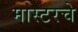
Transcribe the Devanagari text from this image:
मास्टरचे